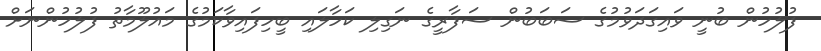
ފުލުހުން ބުނީ ވައިގަދަވުމުގެ ސަބަބުން ސަފާރީގެ ނަގިލި ކަހާލައި ބީހިފައިވާކަމުގެ މައުލޫމާތު ފުލުހުންނަށް